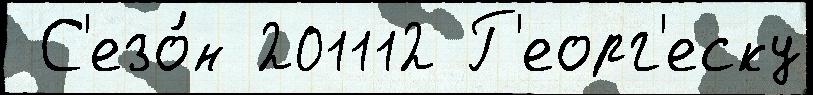
 С'езо́н 201112 Г'еорг'еску